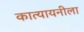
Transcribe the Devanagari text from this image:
कात्यायनीला